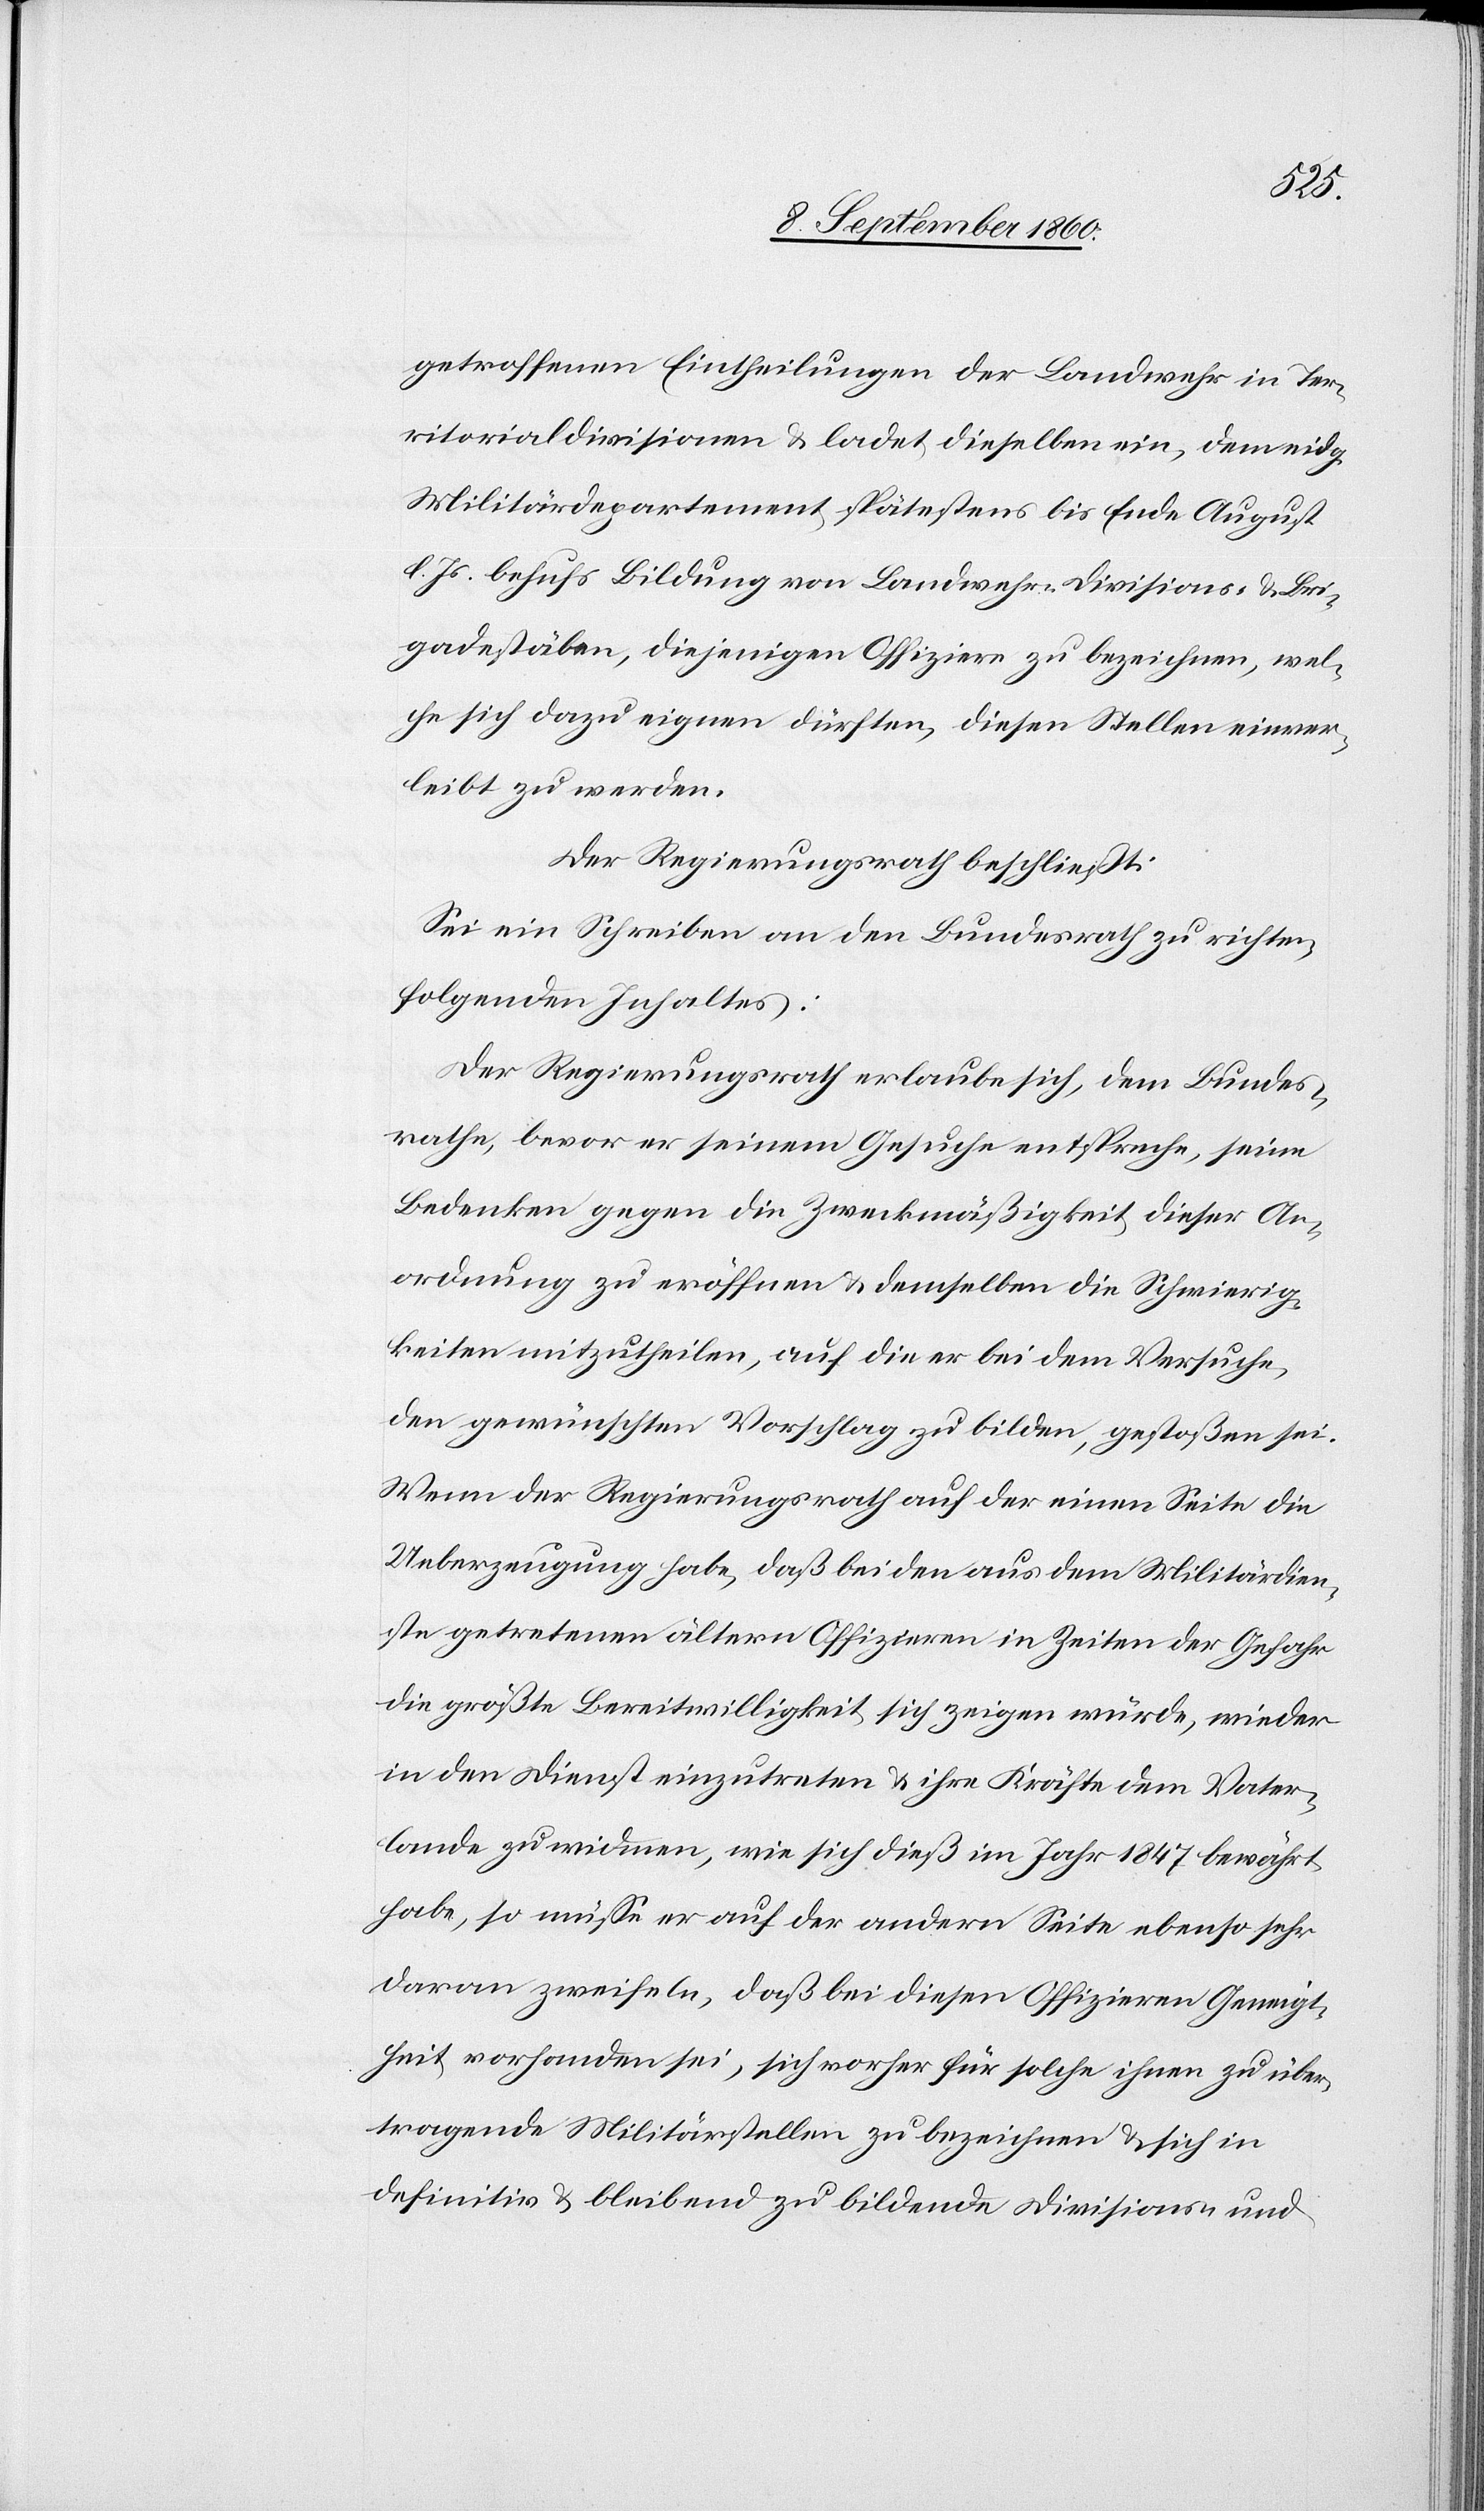
Ter¬
ritorialdivisionen u. ladet dieselben ein, dem eidg.
Militärdepartement spätestens bis Ende August
d. Js. behufs Bildung von Landwehr-Divisions- u. Bri¬
gadestäben, diejenigen Offiziere zu bezeichnen, wel¬
ch sich dazu eignen dürften, diesen Stellen einver¬
leibt zu werden.
Der Regierungsrath beschliesst:
Sei ein Schreiben an den Bundesrath zu richten,
folgenden Inhalts.
Der Regierungsrath erlaube sich, dem Bundes¬
rathe, bevor er seinem Gesuche entspreche, seine
Bedenken gegen die Zweckmässigkeit dieser An¬
ordnung zu eröffnen u. demselben die Schwierig¬
keiten mitzutheilen, auf die er bei dem Versuche,
den gewünschten Vorschlag zu bilden, gestossen sei.
Wenn der Regierungsrath auf der einen Seite die
Ueberzeugung habe, dass bei den aus dem Militärdien¬
ste getretenen ältern Offizieren in Zeiten der Gefahr
die grösste Bereitwilligkeit sich zeigen würde, wieder
in den Dienst einzutreten u. ihre Kräfte dem Vater¬
lande zu widmen, wie sich diess im Jahr 1847 bewährt
habe, so müsse er auf der andern Seite ebenso sehr
daran zweifeln, dass bei diesen Offizieren Geneigt¬
heit vorhanden sei, sich vorher für solche ihnen zu über¬
tragende Militärstellen zu bezeichnen u. sich in
definitiv u. bleibend zu bildende Divisions-